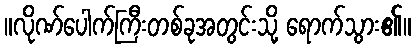
။လိုဏ်ပေါက်ကြီးတစ်ခုအတွင်းသို့ ရောက်သွား၏။